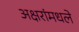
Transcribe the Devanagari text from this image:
अक्षरांमधले